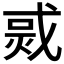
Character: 𤉨